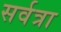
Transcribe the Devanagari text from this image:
सर्वत्रा